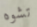
تشوه